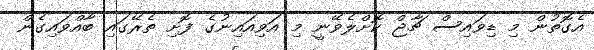
އެގޮތުން މި ޑިވައިސް ޗާޖް ކޮށްލެވޭނީ މި އަވިއައިނުގެ ފޮށި ތެރޭގައި ބާއްވައިގެން